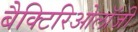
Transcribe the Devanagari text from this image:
बैक्टिरिओलॉजी